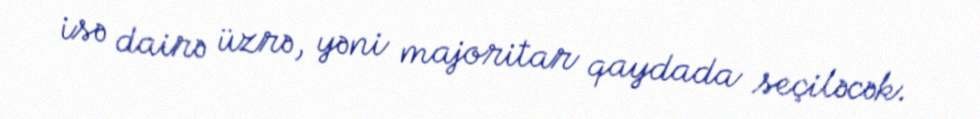
isə dairə üzrə, yəni majoritar qaydada seçiləcək.